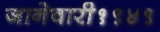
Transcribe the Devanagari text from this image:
जानेवारी१९४९